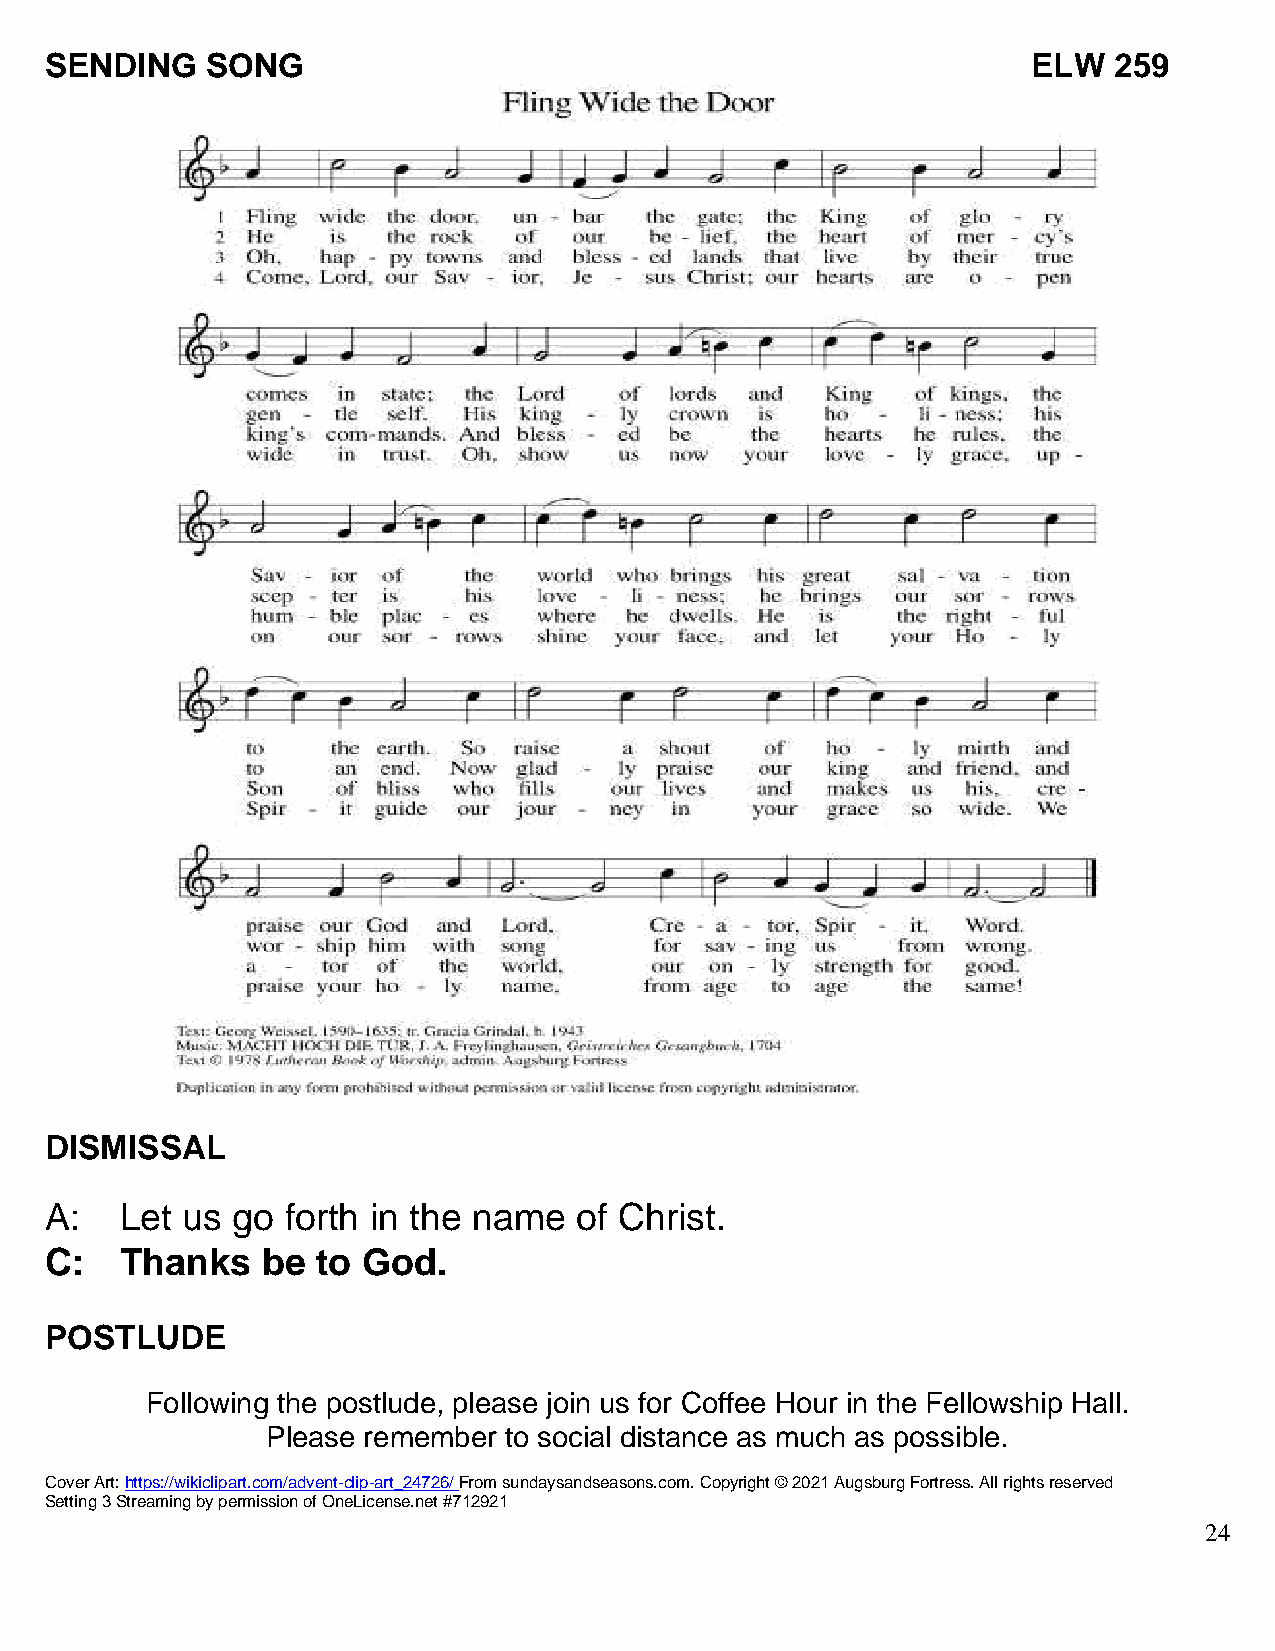
SENDING    SONG                                                  ELW   259
 DISMISSAL
 A:   Let us go  forth in the name  of Christ.
 C:   Thanks   be  to God.
 POSTLUDE
 Following the postlude, please join us for Coffee Hour in the Fellowship Hall.
 Please remember to social distance as much as possible.
 Cover Art: https://wikiclipart.com/advent-clip-art_24726/ From sundaysandseasons.com. Copyright © 2021 Augsburg Fortress. All rights reserved
 Setting 3 Streaming by permission of OneLicense.net #712921
 24